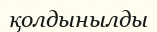
қолдынылды